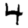
Digit: 4